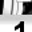
Digit: 1